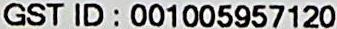
GST ID : 001005957120